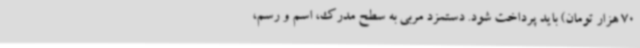
70 هزار تومان) باید پرداخت شود. دستمزد مربی به سطح مدرک، اسم و رسم،